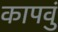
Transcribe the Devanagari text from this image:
कापवुं